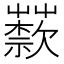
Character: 𦽣